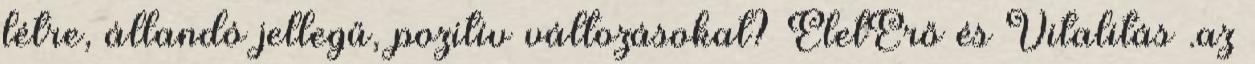
létre, állandó jellegű, pozitív változásokat? ÉletErő és Vitalitás .az